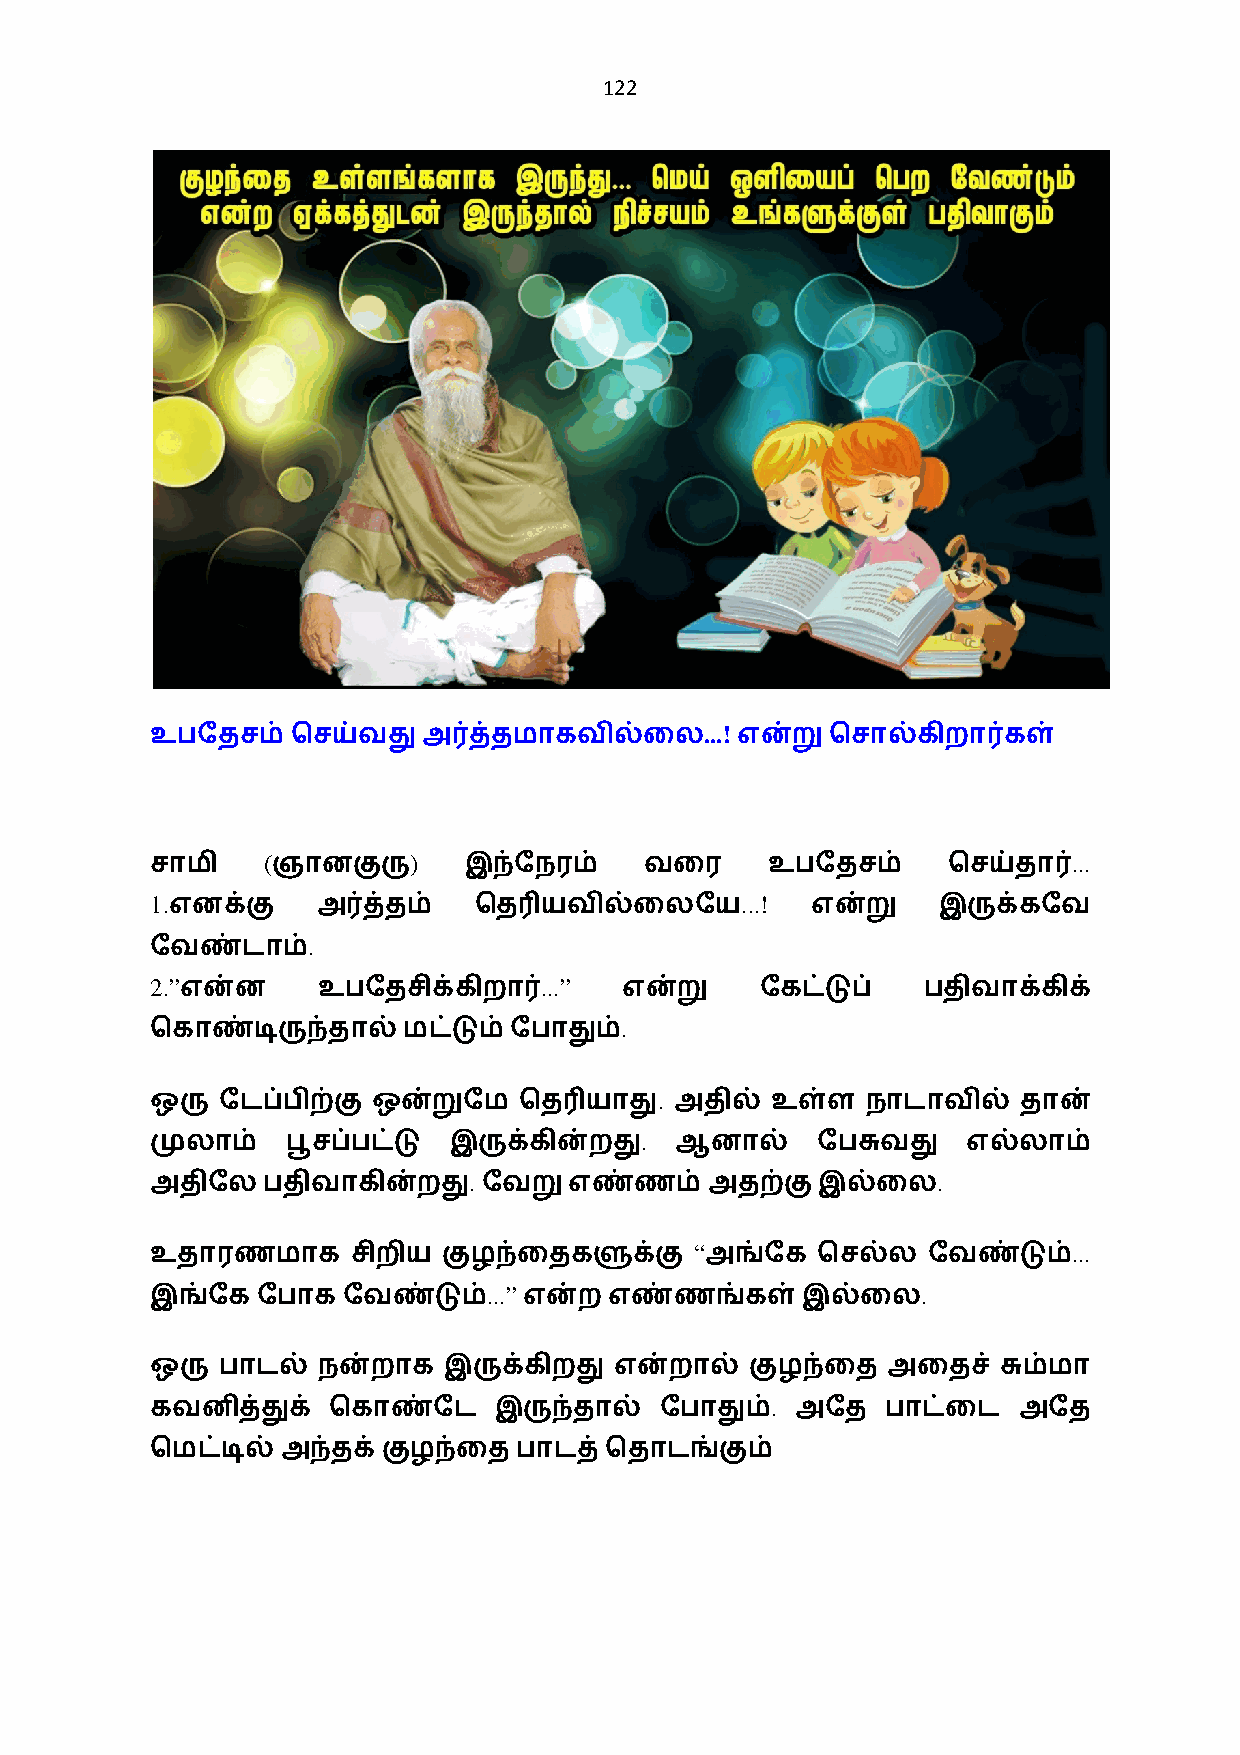
122
 ...!
 உபேதசம்  ெசய்வது  அ0த்தமாகவில்ைல       என்றுெசால்கிறா0கள்
 (         )                                           ...
 சாமி    ஞானகுரு      இந்ேநரம்    வைர     உபேதசம்     ெசய்தா0
 1.                                     ...!
 எனக்கு    அ0த்தம்   ெத3யவில்ைலேய           என்று   இருக்கேவ
 .
 ேவண்டாம்
 2.”                       ...”
 என்ன     உபேதசிக்கிறா0       என்று    ேகட்டுப்   பதிவாக்கிக்
 .
 ெகாண்டிருந்தால்  மட்டும் ேபாதும்
 .
 ஒரு ேடப்பிற்கு ஒன்றுேம  ெத3யாது    அதில் உள்ள  நாடாவில்   தான்
 .
 முலாம்   பூசப்பட்டு இருக்கின்றது   ஆனால்    ேபசுவது   எல்லாம்
 .                              .
 அதிேலபதிவாகின்றது     ேவறுஎண்ணம்     அதற்குஇல்ைல
 “                        ...
 உதாரணமாக     சிறிய குழந்ைதகளுக்கு    அங்ேக  ெசல்ல  ேவண்டும்
 ...”                         .
 இங்ேகேபாக    ேவண்டும்    என்ற எண்ணங்கள்இல்ைல
 ஒரு பாடல்  நன்றாக  இருக்கிறது  என்றால்  குழந்ைத  அைதச்  சும்மா
 .
 கவனித்துக்  ெகாண்ேட    இருந்தால்  ேபாதும்  அேத   பாட்ைட  அேத
 ெமட்டில் அந்தக் குழந்ைத பாடத் ெதாடங்கும்